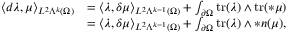
\begin{array} { r l } { \langle d \lambda , \mu \rangle _ { L ^ { 2 } \Lambda ^ { k } ( \Omega ) } } & { = \langle \lambda , \delta \mu \rangle _ { L ^ { 2 } \Lambda ^ { k - 1 } ( \Omega ) } + \int _ { \partial \Omega } \mathrm { t r } ( \lambda ) \wedge \mathrm { t r } ( \ast \mu ) } \\ & { = \langle \lambda , \delta \mu \rangle _ { L ^ { 2 } \Lambda ^ { k - 1 } ( \Omega ) } + \int _ { \partial \Omega } \mathrm { t r } ( \lambda ) \wedge \ast \boldsymbol { n } ( \mu ) , } \end{array}